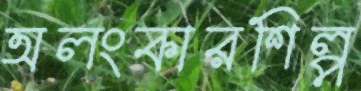
অলংকারশিল্প